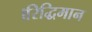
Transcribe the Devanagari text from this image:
।रिद्धिमान